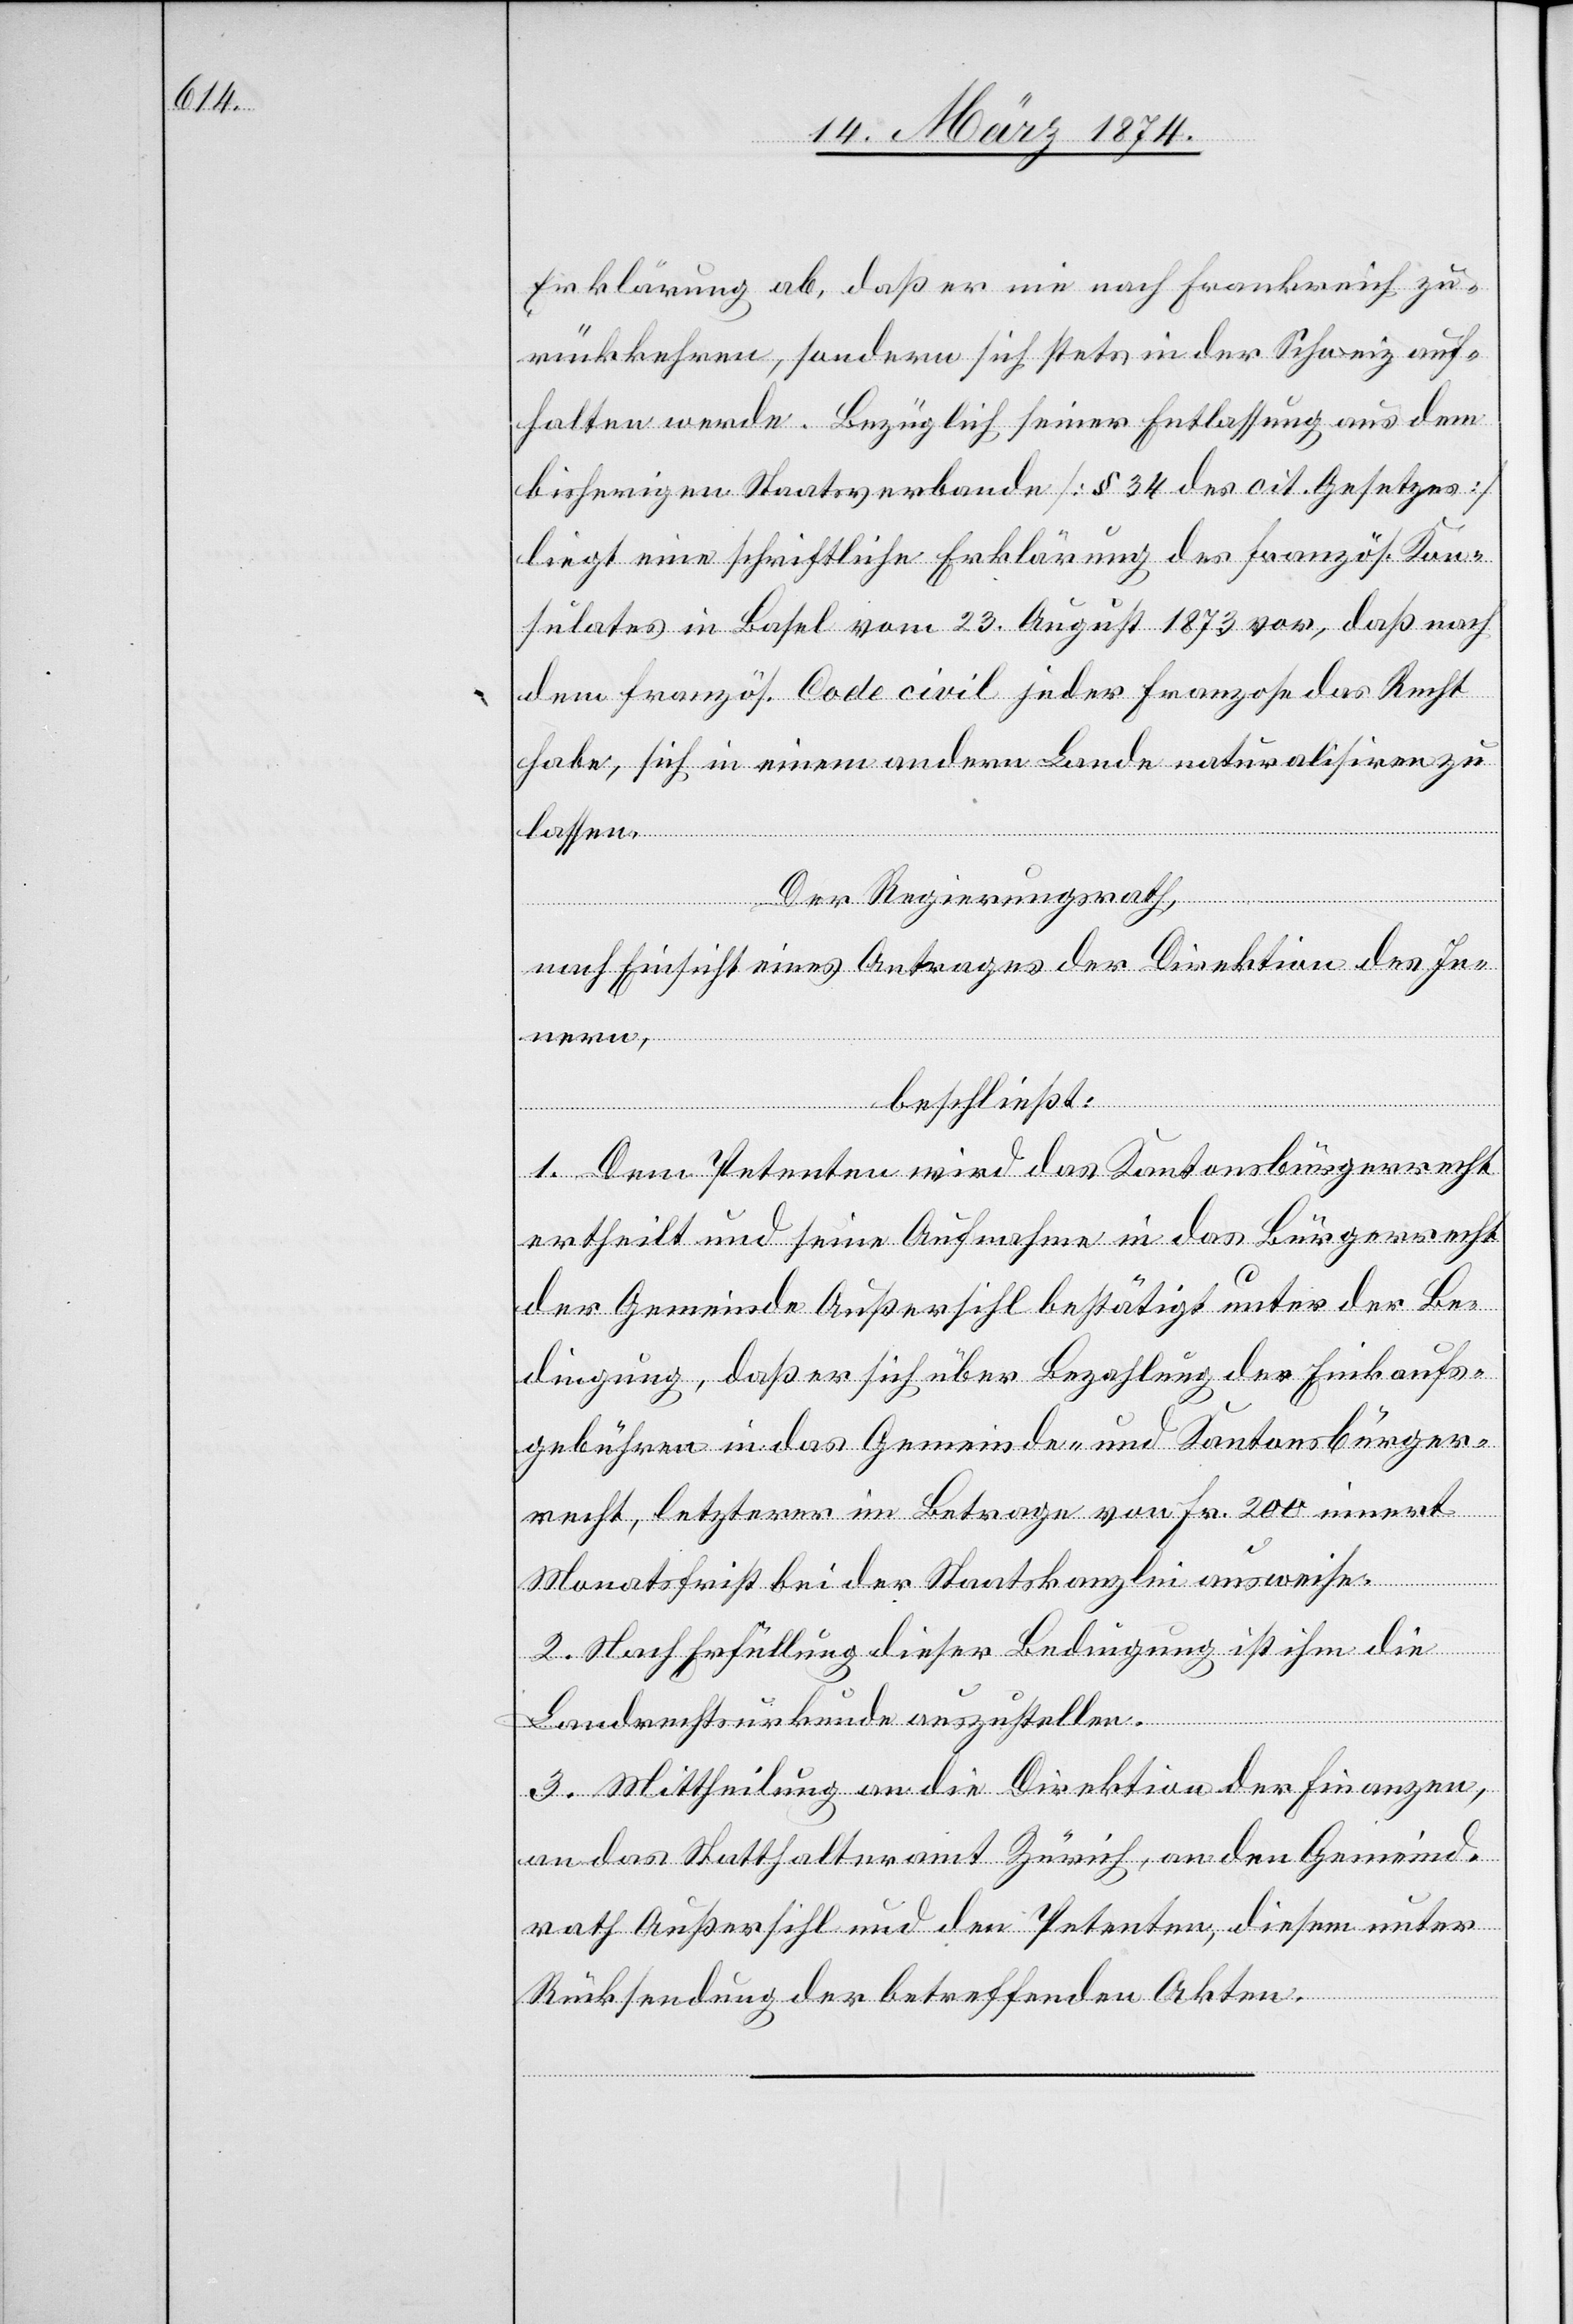
Erklärung ab, daß er nie nach Frankreich zu¬
rückkehren, sondern sich stets in der Schweiz auf¬
halten werde. Bezüglich seiner Entlassung aus dem
bisherigen Staatsverbande [§ 34 des cit. Gesetzes]
liegt eine schriftliche Erklärung des französ. Kon¬
sulates in Basel vom 23. August 1873 vor, daß nach
dem französ. Code civil jeder Franzose das Recht
habe, sich in einem andern Lande naturalisiren zu
lassen.
Der Regierungsrath,
nach Einsicht eines Antrages der Direktion des Inn¬
ern,
beschließt:
1. Dem Petenten wird das Kantonsbürgerrecht
ertheilt und seine Aufnahme in das Bürgerrecht
der Gemeinde Außersihl bestätigt unter der Be¬
dingung, daß er sich über Bezahlung der Einkaufs¬
gebühren in das Gemeinde- und Kantonsbürger¬
recht, letzterer im Betrage von Fr. 200 innert
Monatsfrist bei der Staatskanzlei ausweise.
2. Nach Erfüllung dieser Bedingung ist ihm die
Landrechtsurkunde auszustellen.
3. Mittheilung an die Direktion der Finanzen,
an das Statthalteramt Zürich, an den Gemeind¬
rath Außersihl und den Petenten, diesem unter
Rücksendung der betreffenden Akten.